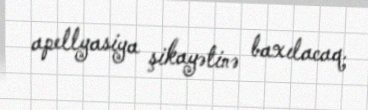
apellyasiya şikayətinə baxılacaq.